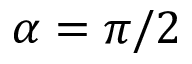
\alpha = \pi / 2